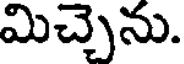
మిచ్చెను.